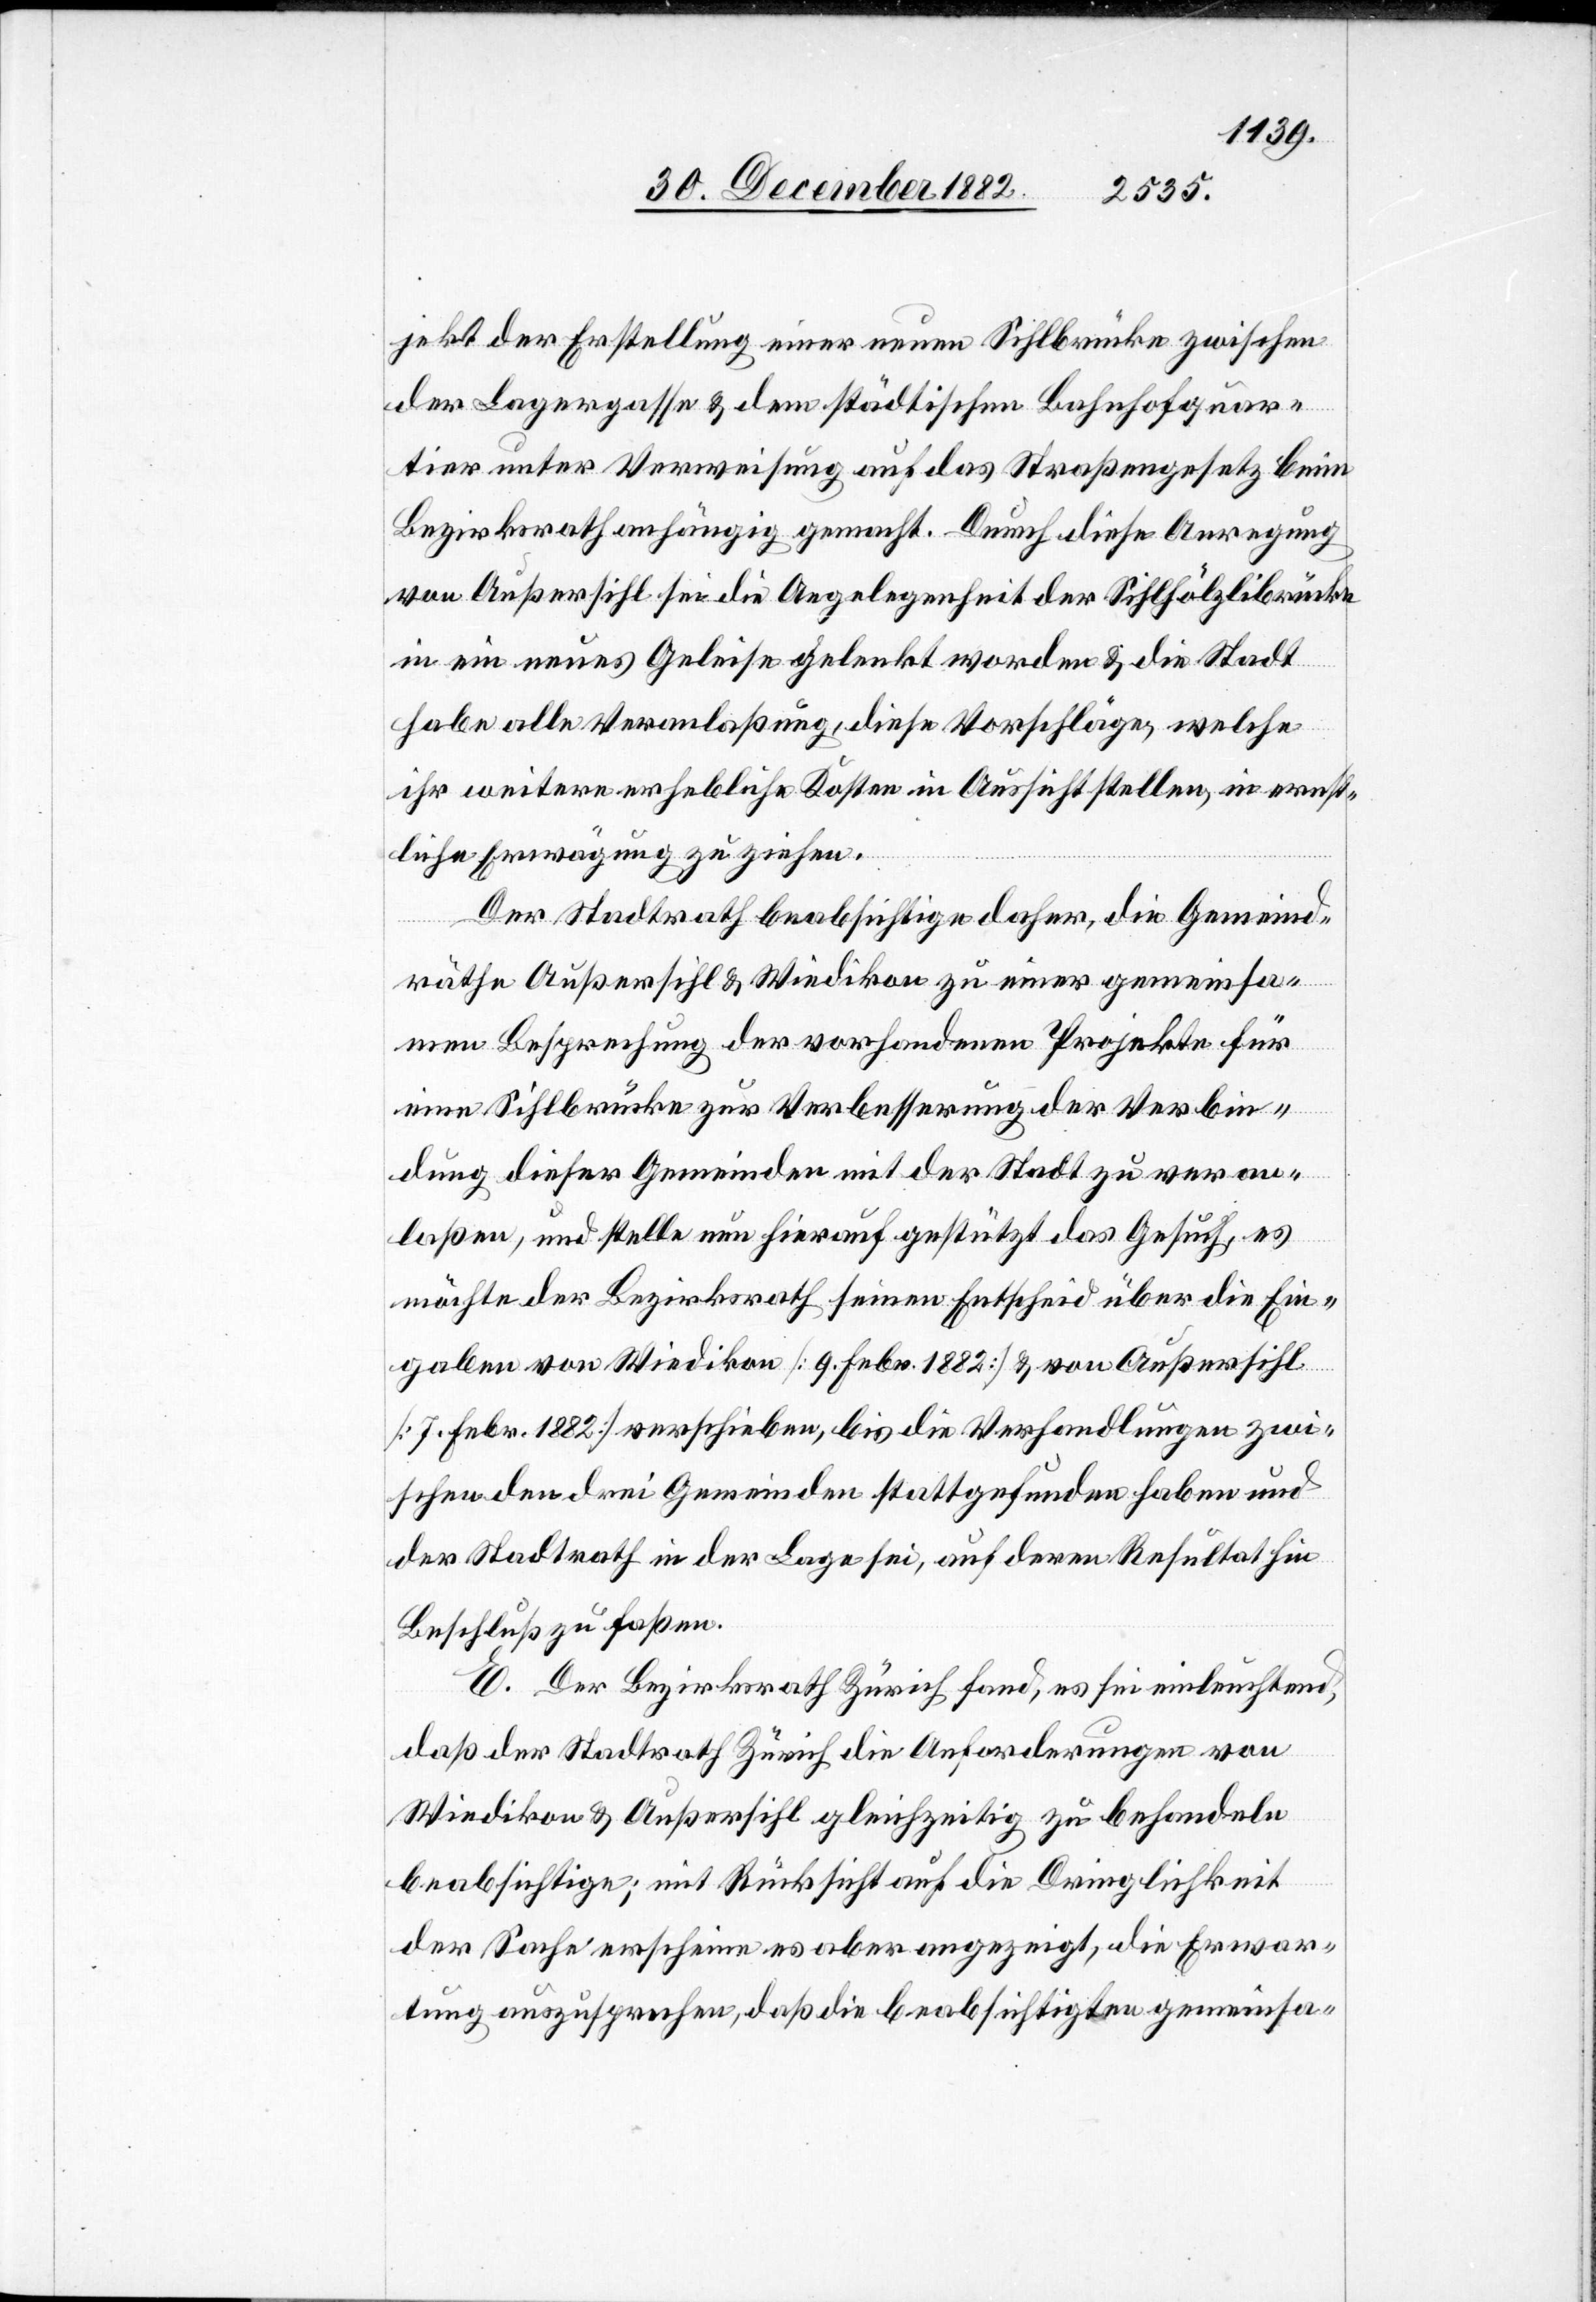
jekt der Erstellung einer neuen Sihlbrücke zwischen
der Lagergasse & dem städtischen Bahnhofquar¬
tier unter Verweisung auf das Straßengesetz beim
Bezirksrath angängig gemacht. Durch diese Anregung
von Außersihl sei die Angelegenheit der Sihlhölzlibrücke
in ein neues Geleise gelenkt worden & die Stadt
habe alle Veranlaßung, diese Vorschläge, welche
ihr weitere erhebliche Kosten in Aussicht stellen, in ernst¬
liche Erwägung zu ziehen.
Der Stadtrath beabsichtige daher, die Gemeind¬
räthe Außersihl & Wiedikon zu einer gemeinsa¬
men Besprechung der vorhandenen Projekte für
eine Sihlbrücke zur Verbesserung der Verbin¬
dung dieser Gemeinden mit der Stadt zu veran¬
laßen, und stelle nun hierauf gestützt das Gesuch, es
möchte der Bezirksrath seinen Entscheid über die Ein¬
gaben von Wiedikon [9. Febr. 1882] & von Außersihl
[7. Febr. 1882] verschieben, bis die Verhandlungen zwi¬
schen der drei Gemeinden stattgefunden haben und
der Stadtrath in der Lage sei, auf deren Resultat in
Beschluß zu faßen.
E. Der Bezirksrath Zürich fand, es sei einleuchtend,
daß der Stadtrath Zürich die Anforderungen von
Wiedikon & Außersihl gleichzeitig zu behandeln
beabsichtige; mit Rücksicht auf die Dringlichkeit
der Sache erscheine es aber angezeigt, die Erwar¬
tung auszusprechen, daß die beabsichtigten gemeinsa-